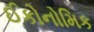
ઈકોનોમિક